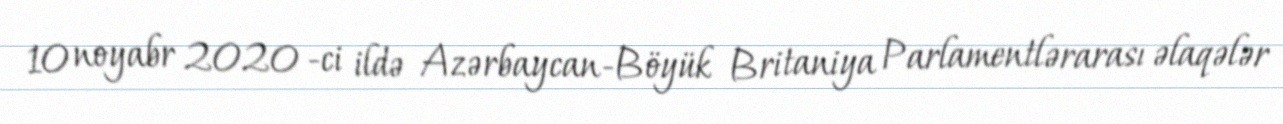
10 noyabr 2020 -ci ildə Azərbaycan-Böyük Britaniya Parlamentlərarası əlaqələr